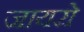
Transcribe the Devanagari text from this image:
जायरो